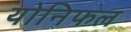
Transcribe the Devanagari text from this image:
योनिफल